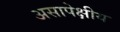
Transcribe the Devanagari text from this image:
असापेक्षीय